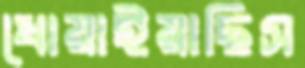
ধোয়াইয়াছিস